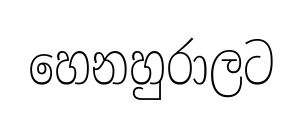
හෙනහුරාලට